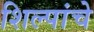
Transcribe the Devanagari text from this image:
शिल्पांचे